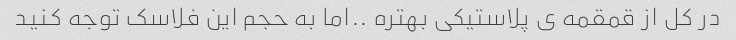
در کل از قمقمه ی پلاستیکی بهتره ..اما به حجم این فلاسک توجه کنید